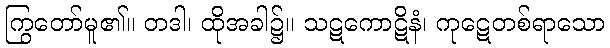
ကြွတော်မူ၏။ တဒါ၊ ထိုအခါ၌။ သဋကောဋိနံ၊ ကုဋေတစ်ရာသော